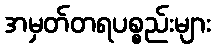
အမှတ်တရပစ္စည်းများ